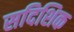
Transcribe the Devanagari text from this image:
सदिशिक